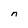
Character: n